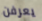
يعرفن